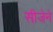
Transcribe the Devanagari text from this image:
सीजेने